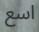
اسع